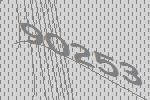
90253